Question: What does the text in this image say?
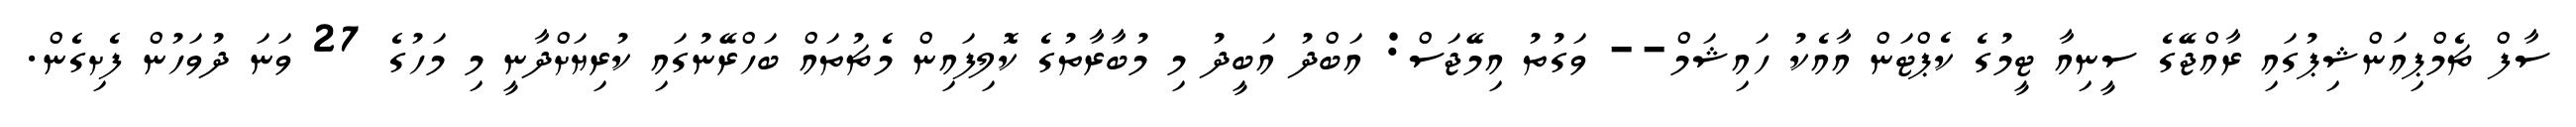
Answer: ސާފް ޗެމްޕިއަންޝިޕުގައި ރާއްޖޭގެ ސީނިއާ ޓީމުގެ ކެޕްޓަން އާއެކު ހައިޝަމް-- ވަގުތު އިމޭޖަސް: އަބްދު އަބީދު މި މުބާރާތުގެ ކޮލިފައިން މެޗުތައް ބަހްރޭނުގައި ކުރިޔަށްދާނީ މި މަހުގެ 27 ވަނަ ދުވަހުން ފެށިގެން.